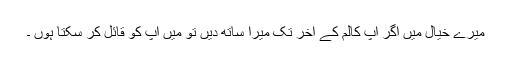
میرے خیال میں اگر آپ کالم کے ٓاخر تک میرا ساتھ دیں تو میں آپ کو قائل کر سکتا ہوں ۔